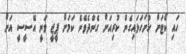
ހައި ކޯޓަށް ހުށަހަޅައިގެން ކުރިއަށް ގެންދެވޭނެ ކަމަށް ޕީޖީ ވަނީ އޭސީސީ އަށް